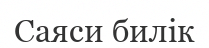
Саяси билік